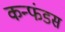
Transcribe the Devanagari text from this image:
कन्फंडस